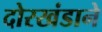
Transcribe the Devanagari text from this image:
दोरखंडाने